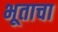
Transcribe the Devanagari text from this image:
भूताचा